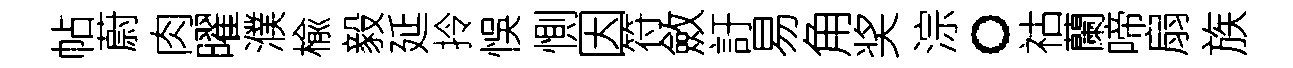
帖蔚肉曜濮楡毅延拎悞惻因符斂訏易角奖淙。祜蘭啼扇族